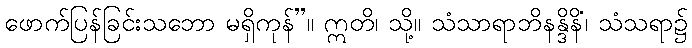
ဖောက်ပြန်ခြင်းသဘော မရှိကုန်”။ ဣတိ၊ သို့။ သံသာရာဘိနန္ဒိနိံ၊ သံသရာ၌